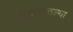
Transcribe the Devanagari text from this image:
वाळव्यातल्या